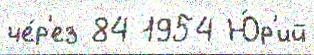
че́р'ез 84 1954 Ю́р'ий